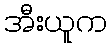
အီးယူက